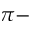
\pi -